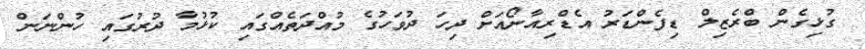
ގުޅިގެން ބްރެޒިލް ޑިފެންޑަރު އެޑްރިއާނޯއަށް ދިހަ ދުވަހުގެ މުއްދަތެއްގައި ކުޅުމާ ދުރުގައި ހުންނަން